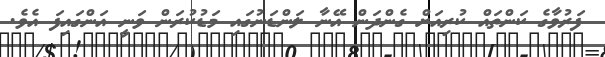
ފަރުވާގެ ކަންތައް ކުރިއަށް ގެންދަން އޭނާ ލަންޑަނުގައި މަޑުކުރަން ވަނީ އަންގައިފަ އެވެ.